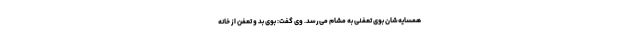
همسایه‌شان بوی تعفنی به مشام می‌رسد. وی گفت: بوی بد و تعفن از خانه